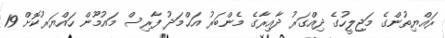
ރައްޔިތުންގެ މަޖިލީހުގެ ދިއްގަރު ދާއިރާގެ މެންބަރު އަޙްމަދު ފާރިސް މައުމޫން ހައްޔަރުކޮށް 19